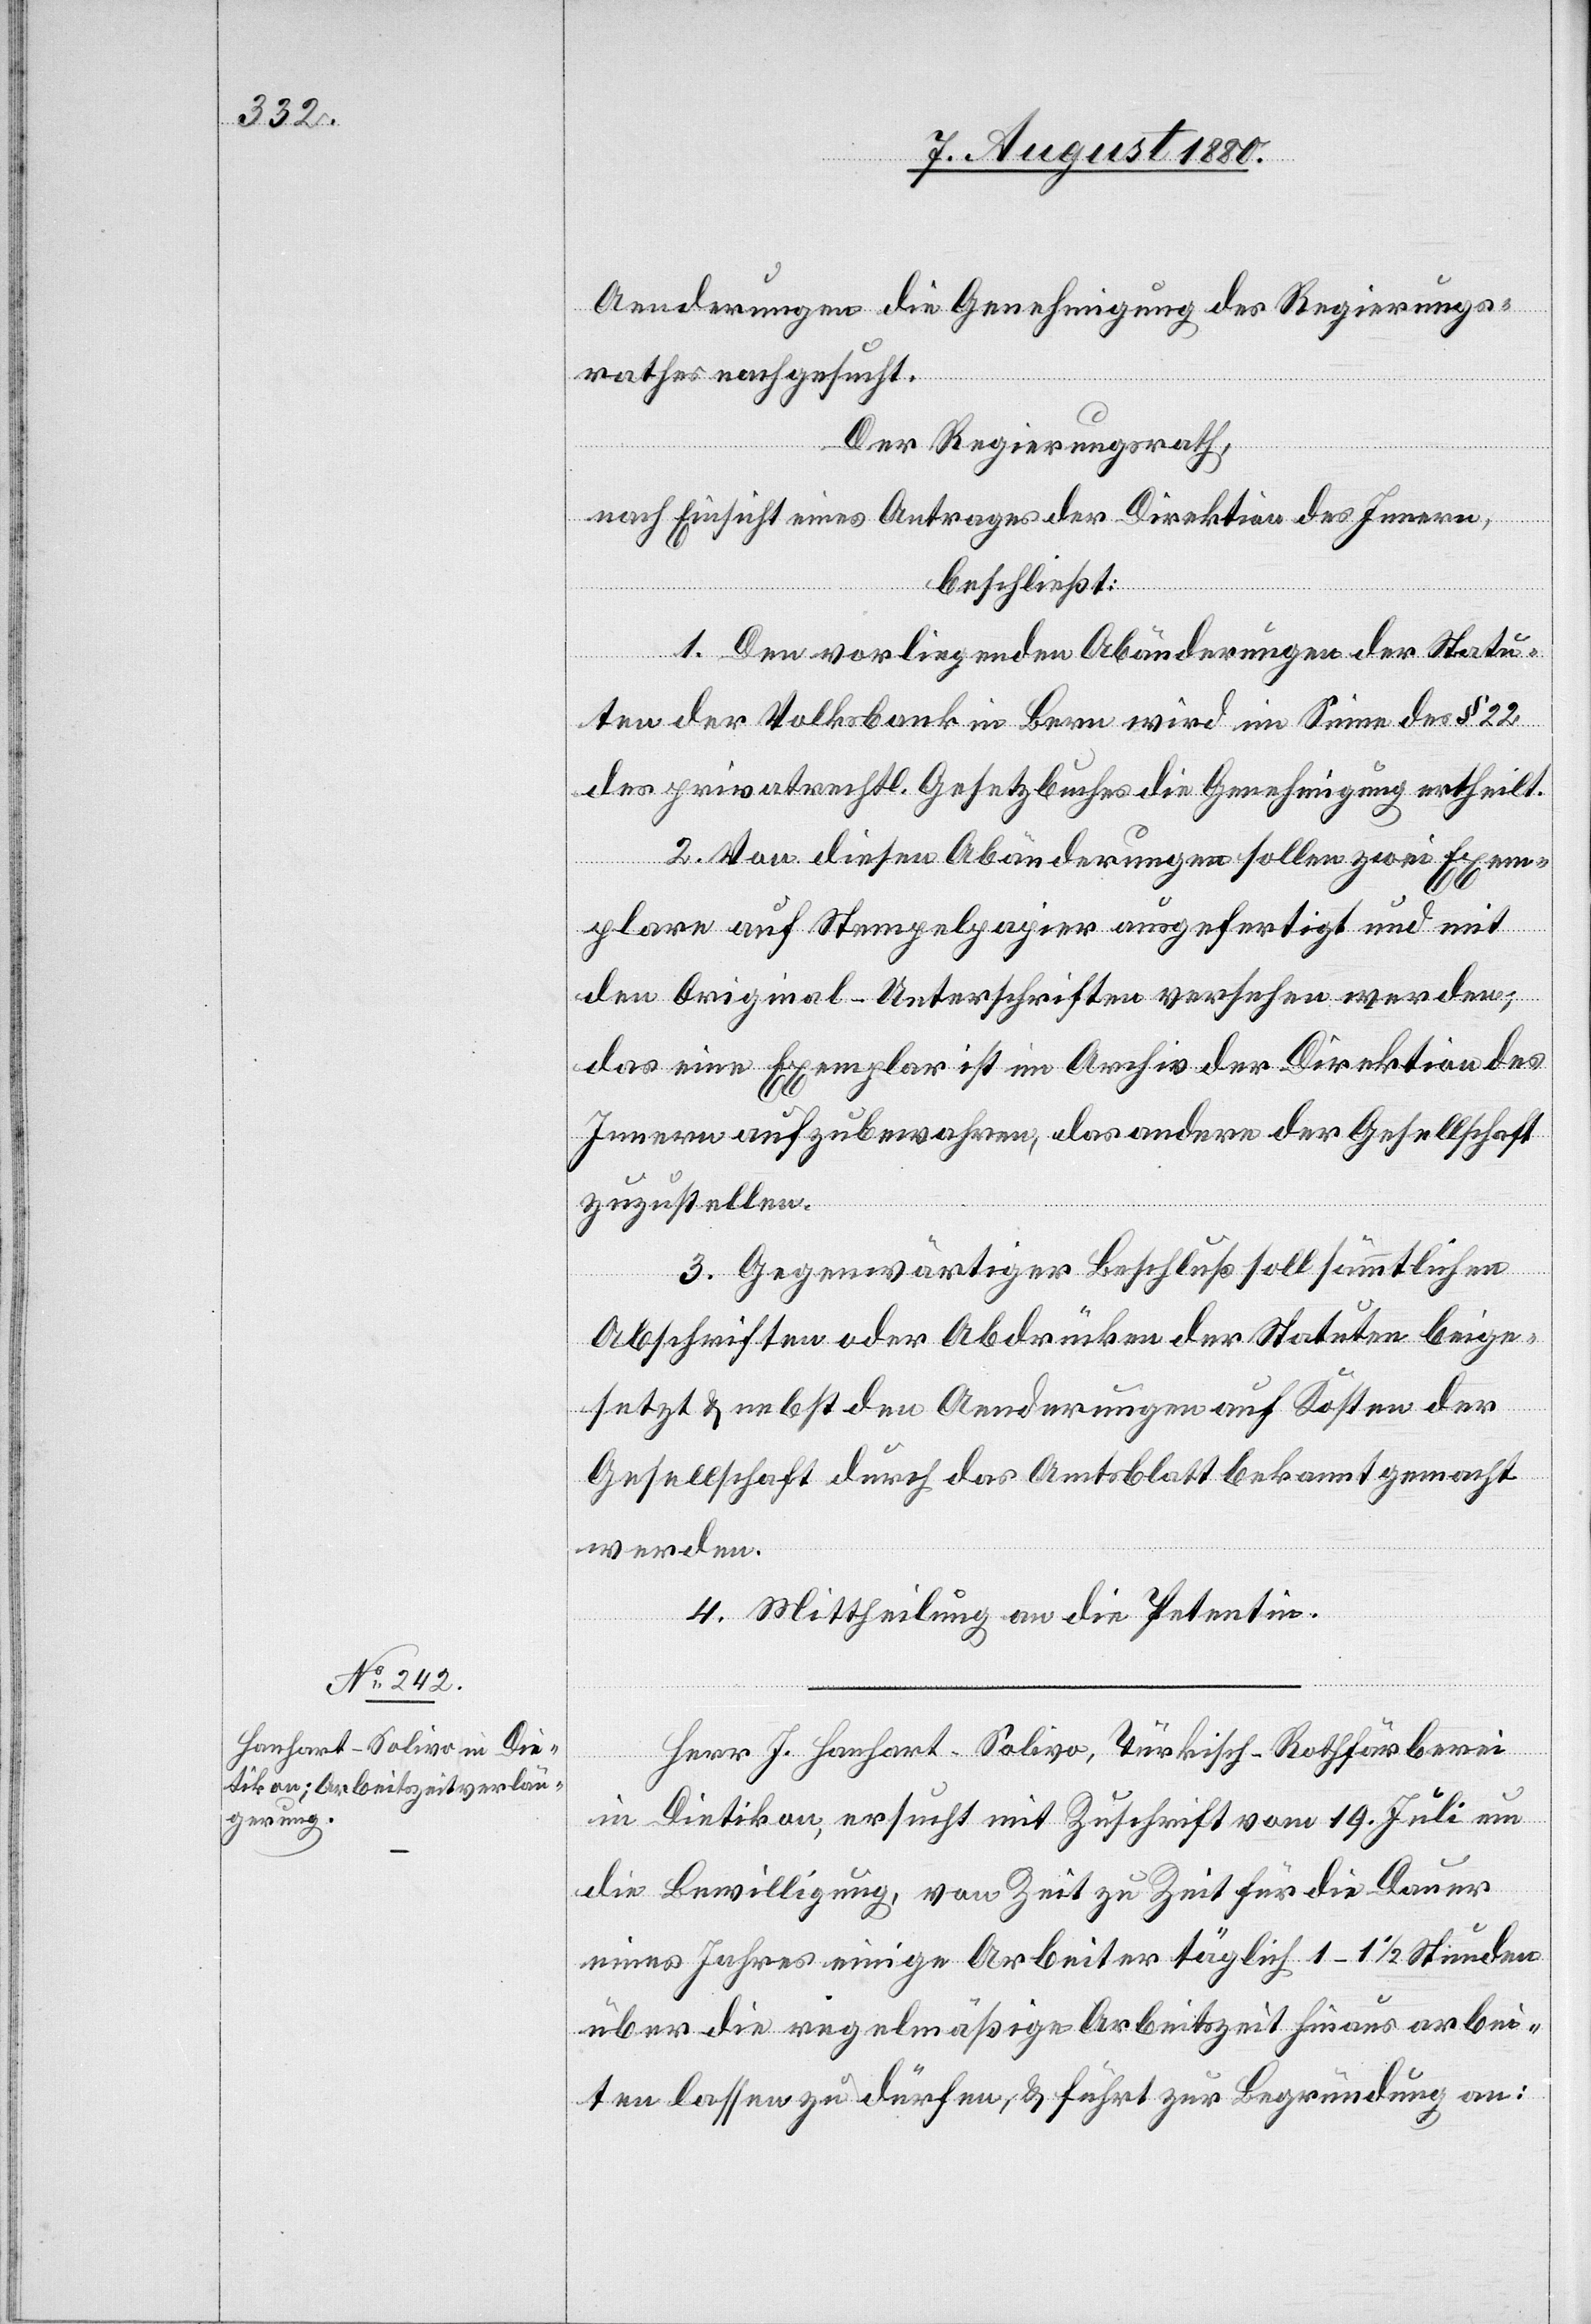
Aenderungen die Genehmigung des Regierungs¬
rathes nachgesucht.
Der Regierungsrath,
nach Einsicht eines Antrages der Direktion des Innern,
beschließt:
1. Den vorliegenden Abänderungen der Statu¬
ten der Volksbank in Bern wird im Sinne des § 22
des privatrechtl. Gesetzbuches die Genehmigung ertheilt.
2. Von diesen Abänderungen sollen zwei Exem¬
plare auf Stempelpapier ausgefertigt und mit
den Original-Unterschriften versehen werden;
das eine Exemplar ist im Archiv der Direktion des
Innern aufzubewahren, das andere der Gesellschaft
zuzustellen.
3. Gegenwärtiger Beschluß soll sämmtlichen
Abschriften oder Abdrücken der Statuten beige¬
setzt & nebst den Aenderungen auf Kosten der
Gesellschaft durch das Amtsblatt bekannt gemacht
werden.
4. Mittheilung an die Petentin.
Herr J. Hanhart-Solivo, Türkisch-Rothfärberei
in Dietikon, ersucht mit Zuschrift vom 19. Juli um
die Bewilligung, von Zeit zu Zeit für die Dauer
eines Jahres einige Arbeiter täglich 1–1 1/2 Stunden
über die regelmäßige Arbeitszeit hinaus arbei¬
ten lassen zu dürfen, & führt zur Begründung an: